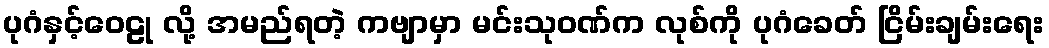
ပုဂံနှင့်ဝေဠု လို့ အမည်ရတဲ့ ကဗျာမှာ မင်းသုဝဏ်က လုစ်ကို ပုဂံခေတ် ငြိမ်းချမ်းရေး